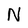
Character: N